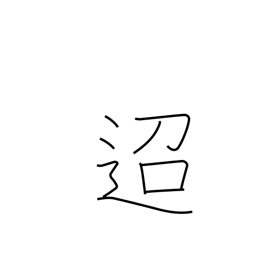
Meaning: distant